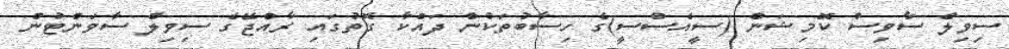
ސިވިލް ސާވިސް ކޮމިޝަން (ސީއެސްސީ)ގެ ހިސާބުތަކުން ދައްކާ ގޮތުގައި ރާއްޖޭގެ ސިވިލް ސާވަންޓުން